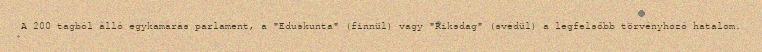
A 200 tagból álló egykamarás parlament, a "Eduskunta" (finnül) vagy "Riksdag" (svédül) a legfelsőbb törvényhozó hatalom.